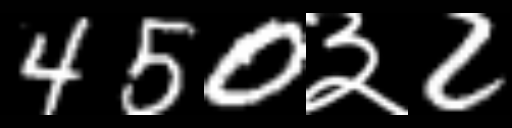
Text: 450३2